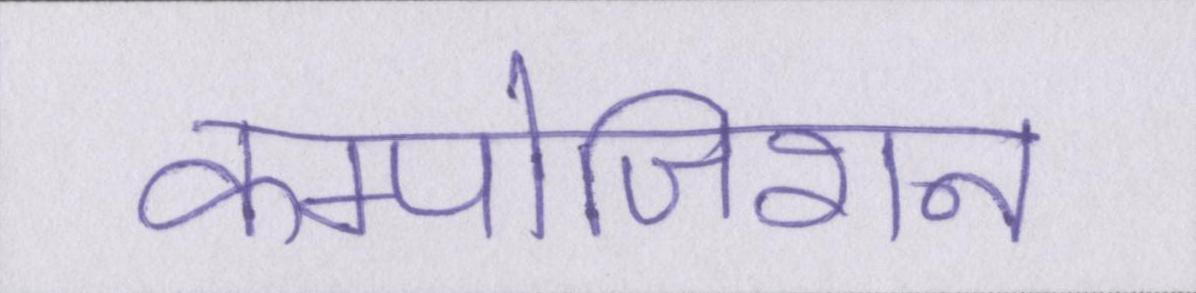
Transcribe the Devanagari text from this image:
कम्पोजिशन